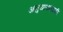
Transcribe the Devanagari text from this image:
अनुयायांसाठी